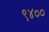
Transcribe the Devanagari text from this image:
९४००